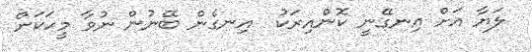
ލަޔާ އަށް އިނގޭނީ ކޮންއިރަކު  އިނގެން ބޭނުން ނުވާ މީހަކަށް